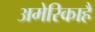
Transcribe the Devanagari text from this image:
अमेरिकाहै